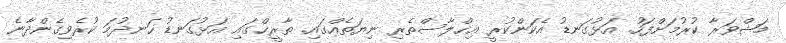
މަޝްވަރާ ކުރުމަށްފަހު. އަޅުގަނޑު އެކަންކުރީ އިޚްލާސްތެރި ނިޔަތެއްގައި. ތާރީޚްގައި އަޅުގަނޑު ހަނދުމަ ކުރެވިގެންދާނެ